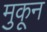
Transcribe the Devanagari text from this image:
मुकून